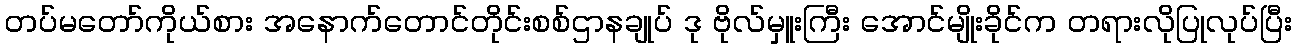
တပ်မတော်ကိုယ်စား အနောက်တောင်တိုင်းစစ်ဌာနချုပ် ဒု ဗိုလ်မှူးကြီး အောင်မျိုးခိုင်က တရားလိုပြုလုပ်ပြီး